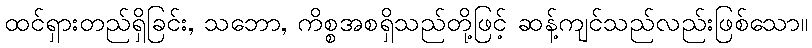
ထင်ရှားတည်ရှိခြင်း, သဘော, ကိစ္စအစရှိသည်တို့ဖြင့် ဆန့်ကျင်သည်လည်းဖြစ်သော။